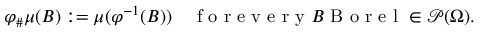
\varphi _ { \# } \mu ( B ) : = \mu ( \varphi ^ { - 1 } ( B ) ) \quad \mathrm { ~ f ~ o ~ r ~ e ~ v ~ e ~ r ~ y ~ } B \mathrm { ~ B ~ o ~ r ~ e ~ l ~ } \in \mathscr { P } ( \Omega ) .